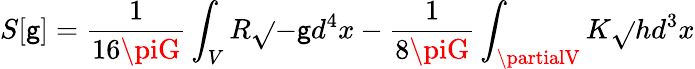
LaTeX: S[\mathsf{g}]=\frac{{1}}{{16\piG}}\int_{V}R\sqrt{}{{-\mathsf{g}}}d^{4}x-\frac{{1}}{{8\piG}}\int_{\partialV}K\sqrt{}{{h}}d^{3}x